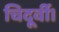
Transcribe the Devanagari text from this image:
चिदूर्वी।